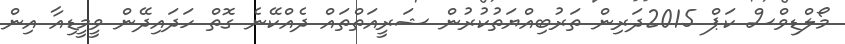
މޯލްޑިވްސް ކަޕް 2015ދަރިން ތަރުބިއްޔަތުކުރުން ޝަރީއަތްތައް ދެއްކޭނެ ގޮތް ހަދައިދޭން ވީމީޑިއާ އިން